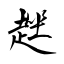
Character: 趖